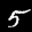
Label: 5